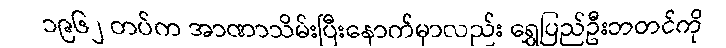
၁၉၆၂ တပ်က အာဏာသိမ်းပြီးနောက်မှာလည်း ရွှေပြည်ဦးဘတင်ကို